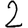
Digit: 2